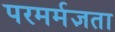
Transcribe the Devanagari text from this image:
परमर्मज्ञता